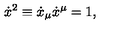
\dot { x } ^ { 2 } \equiv \dot { x } _ { \mu } \dot { x } ^ { \mu } = 1 ,